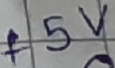
Text: +5V